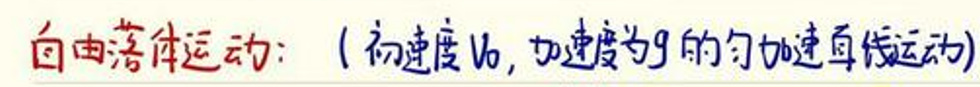
自由落体运动：（初速度\(v_0\)，加速度为\(g\)的匀加速直线运动）